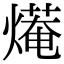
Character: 𤎣